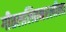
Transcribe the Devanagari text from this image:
गीतललितनरलीला